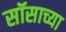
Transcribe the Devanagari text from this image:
सॉसाच्या